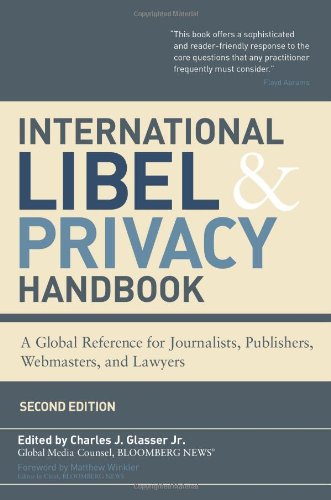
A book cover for International Libel and Privacy Handbook: A Global Reference for Journalists, Publishers, Webmasters, and Lawyers, Second Edition; Law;